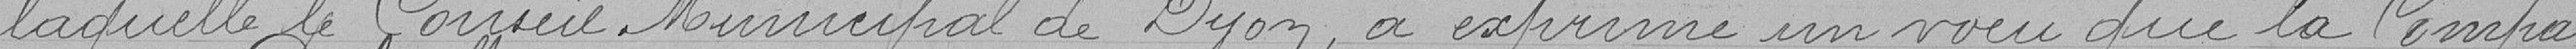
laquelle le Conseil Municipal de Dijon, a exprimé un voeu que la Compa=